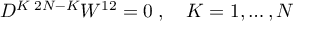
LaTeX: D ^ { K \; 2 N - K } W ^ { 1 2 } = 0 \; , \quad K = 1 , \ldots , N